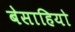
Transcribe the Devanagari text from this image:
बेसाहियो